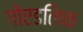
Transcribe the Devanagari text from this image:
गोएडलिक